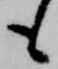
も